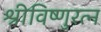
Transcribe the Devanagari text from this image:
श्रीविष्णुरत्न